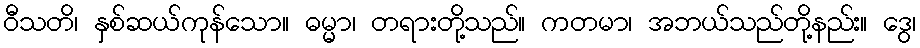
ဝီသတိ၊ နှစ်ဆယ်ကုန်သော။ ဓမ္မာ၊ တရားတို့သည်။ ကတမာ၊ အဘယ်သည်တို့နည်း။ ဒွေ၊